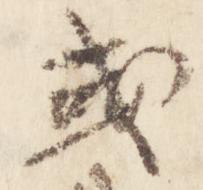
或